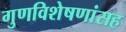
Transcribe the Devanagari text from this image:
गुणविशेषणांसह